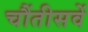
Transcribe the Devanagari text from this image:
चौंतीसवें